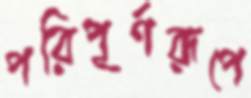
পরিপূর্ণরূপে